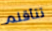
تتأقلم